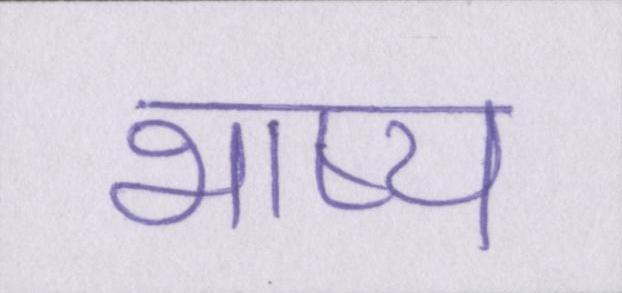
भाष्य